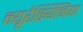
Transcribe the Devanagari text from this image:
न्यूरेस्थिनिया